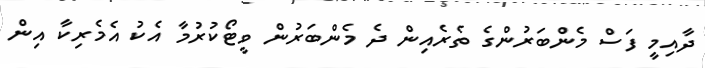
ދާއިމީ ފަސް މެންބަރުންގެ ތެރެއިން ދެ މެންބަރުން ވީޓޯކުރުމާ އެކު އެމެރިކާ އިން